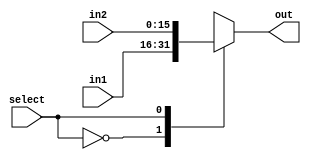
`timescale 1ns / 1ps
//////////////////////////////////////////////////////////////////////////////////
// Company: USTC
// 
// Design Name: mux_2_to_1
// Module Name: mux_2_to_1
// Project Name: LABH1
// Target Devices: xc7a100tcsg324-1
// Tool Versions: Vivado 2022.1
// Description: select 1 num from 2 inputs
// 
// Dependencies: None
// 
// Revision: Version 1.1
// Revision 0.01 - File Created
// Additional Comments: None
// 
//////////////////////////////////////////////////////////////////////////////////


module mux_2_to_1 #(parameter WIDTH = 16)(
    input [WIDTH - 1: 0] in1, 
    input [WIDTH - 1: 0] in2,
    input select,
    output reg [WIDTH - 1: 0] out
    );

always @(*) begin
    case (select)
        1'b0: out = in1;
        1'b1: out = in2;
    endcase
end

endmodule